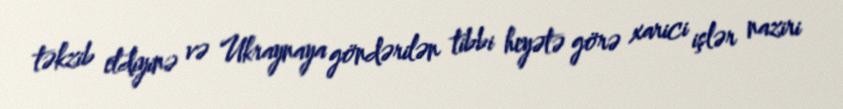
təkzib etdiyinə və Ukraynaya göndərilən tibbi heyətə görə xarici işlər naziri